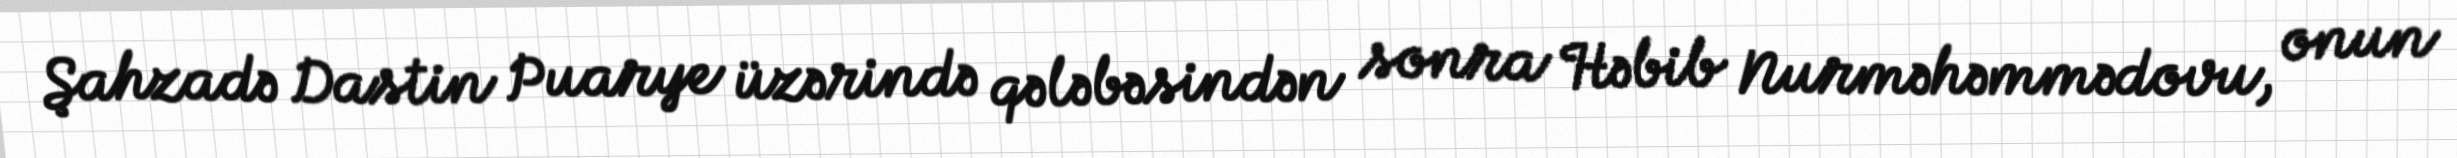
Şahzadə Dastin Puarye üzərində qələbəsindən sonra Həbib Nurməhəmmədovu, onun